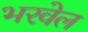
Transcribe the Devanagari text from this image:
भरवेल